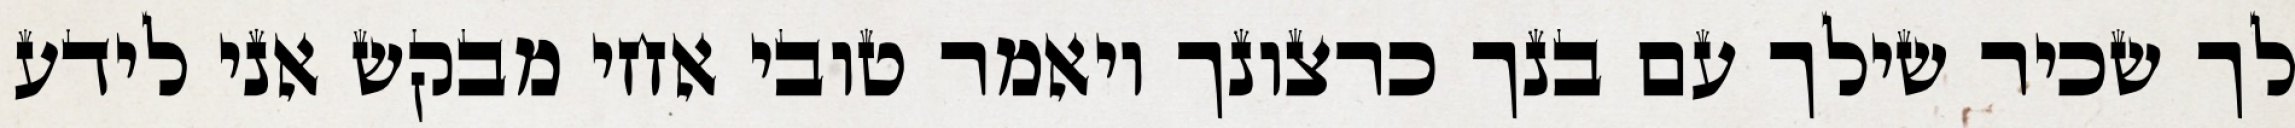
לך שכיר שילך עם בנך כרצונך ויאמר טובי אחי מבקש אני לידע